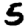
Digit: 5